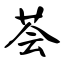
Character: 荟